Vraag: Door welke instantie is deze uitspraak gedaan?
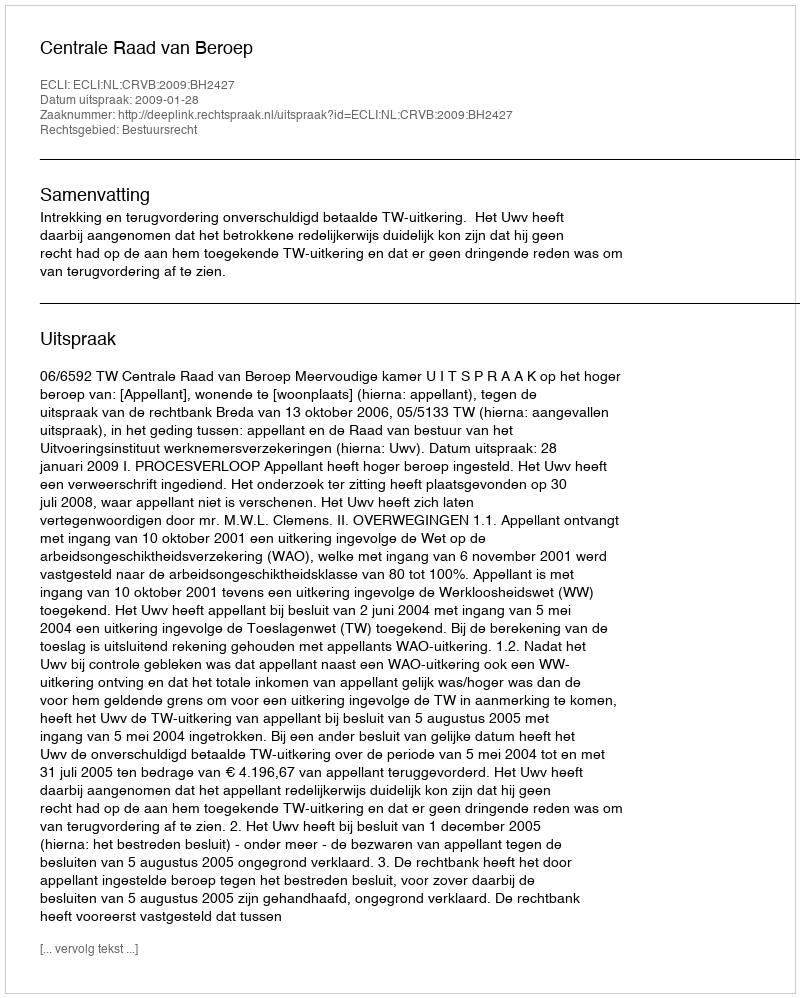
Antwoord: Centrale Raad van Beroep